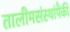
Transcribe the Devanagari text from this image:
तालीमसंस्थांपैकी